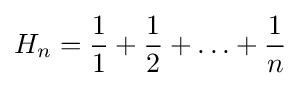
H_{n}={\frac {1}{1}}+{\frac {1}{2}}+\ldots +{\frac {1}{n}}